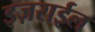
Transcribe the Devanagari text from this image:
इज़राईल